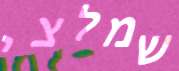
שמלצי